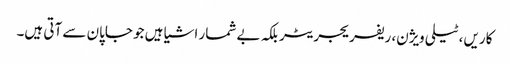
کاریں، ٹیلی ویژن، ریفریجریٹر بلکہ بے شمار اشیا ہیں جو جاپان سے آتی ہیں۔